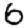
Digit: 6